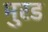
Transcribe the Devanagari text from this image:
मुरड